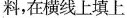
料,在横线上填上